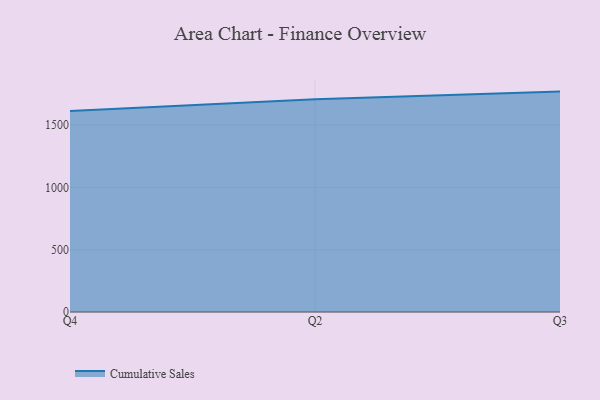
{"axis": {"x": "Quarter", "y": "Production Output"}, "legend": ["Cumulative Sales"], "data": [{"x": "Q4", "y": 1611.8, "type": "Cumulative Sales"}, {"x": "Q2", "y": 1707.4, "type": "Cumulative Sales"}, {"x": "Q3", "y": 1767.9, "type": "Cumulative Sales"}]}